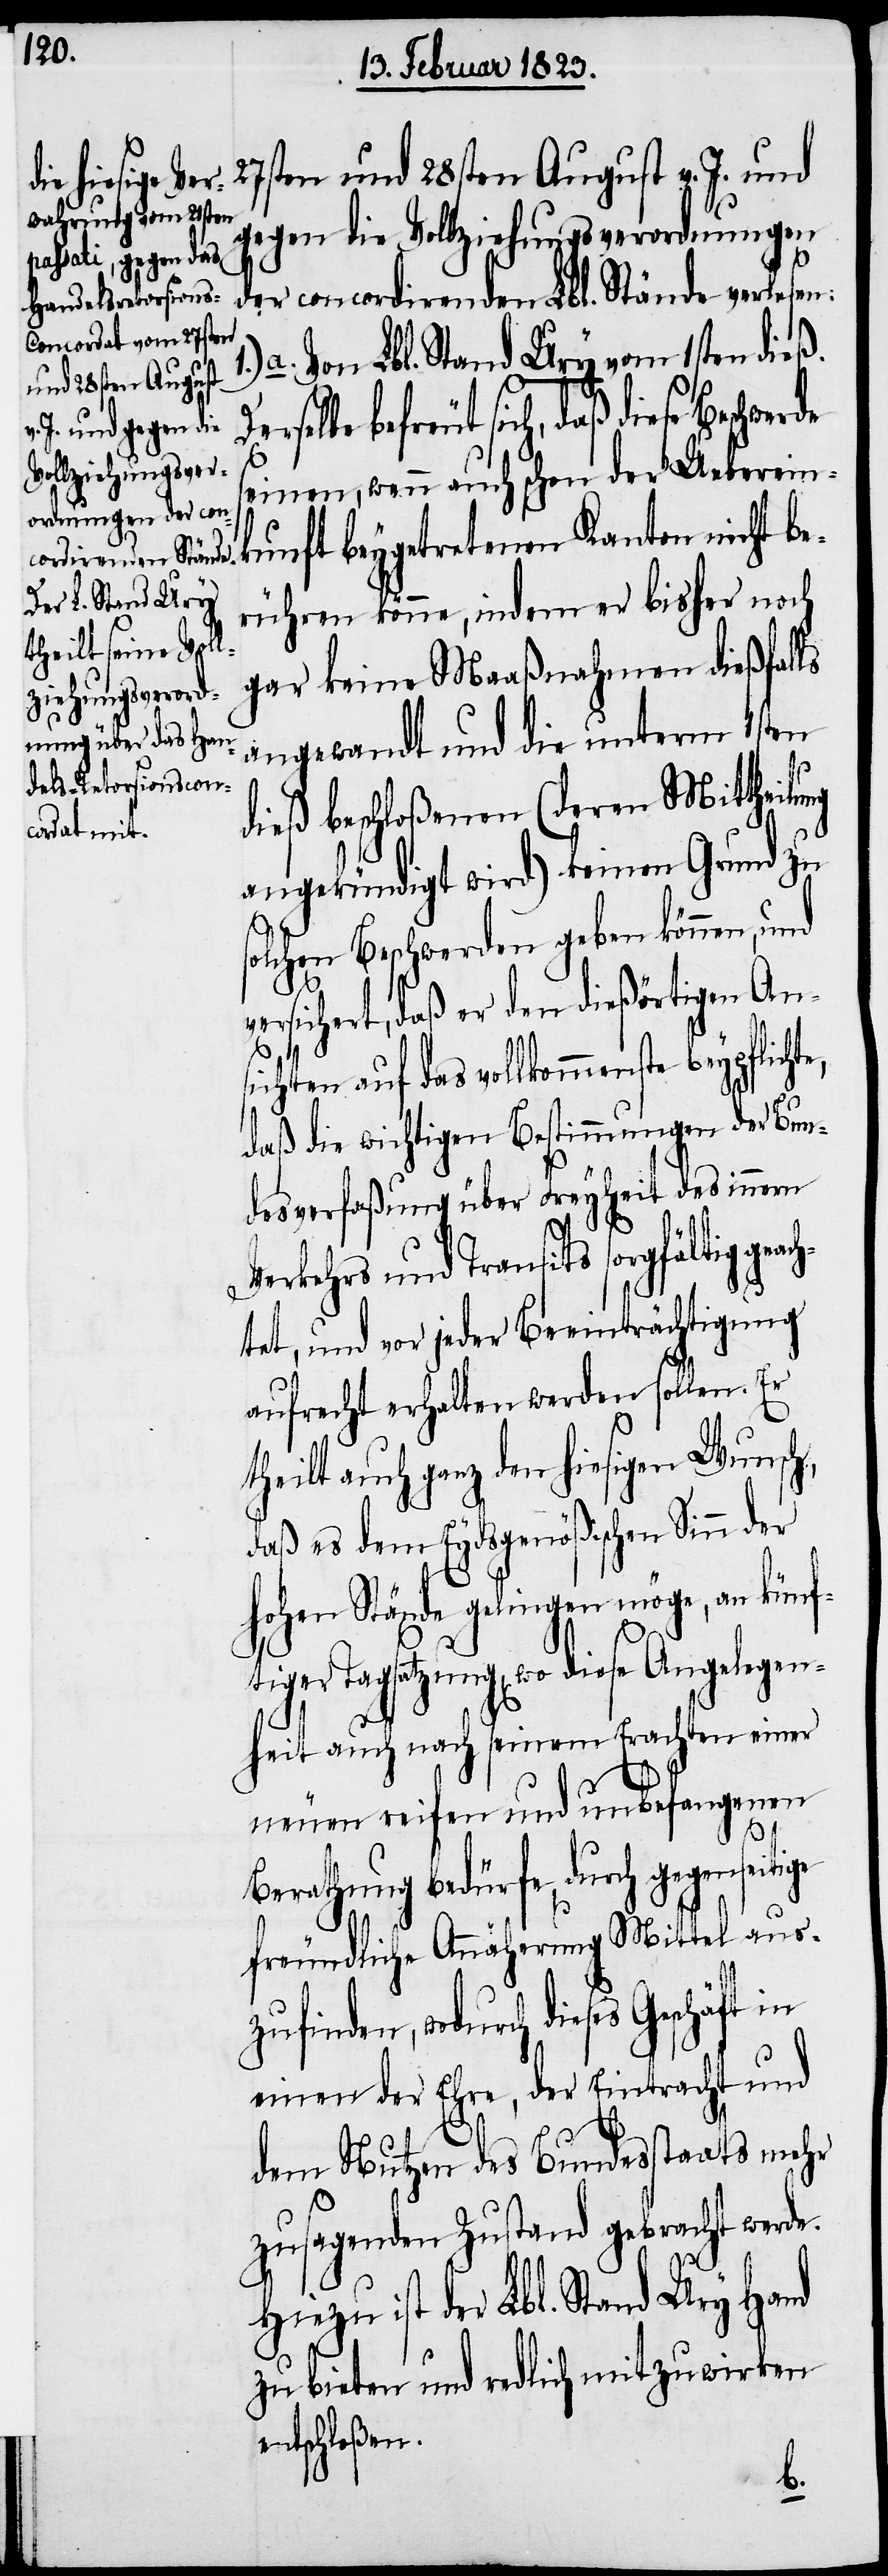
Derselbe

27sten und 28sten August v. J. und
gegen die Vollziehungsverordnungen
der concordirenden Lbl. Stände verlesen:
a. Von Lbl. Stand Ury vom 1sten dieß.
befreut sich, daß diese Beschwerde
seinen, wenn auch schon der Ueberein¬
kunft beygetretenen Kanton nicht be¬
rühren könne, indem er bisher noch
gar keine Maaßnahmen dießfalls
angewandt und die unterm 1sten
dieß beschloßenen (deren Mittheilung
angekündigt wird) keinen Grund zu
olchen Beschwerden geben können, und
versichert, daß er den dießörtigen Ans¬
ichten auf das vollkommenste
daß die wichtigen Bestimmungen der Bun¬
desverfaßung über Freyheit des innern
Verkehrs und Transits sorgfältig ge¬
tet, und vor jeder Beeinträchtigung
aufrecht erhalten werden sollen. Er
theilt auch ganz den hiesigen Wunsch,
daß es dem Eydsgenößischen Sinn der
hohen Stände gelingen möge, an künf¬
tiger Tagsatzung, wo diese Angelegen¬
heit auch nach seinem Erachten einer
neuen reifen und unbefangenen
ach¬
Berathung bedürfe, durch gegenseitige
freundliche Annäherung Mittel aus¬
zufinden, wodurch dieses Geschäft in
einen der Ehre, der Eintracht und
dem Nutzen des Bundesstaats mehr
zusagenden Zustand gebracht werde.
Hiezu ist der Lbl. Stand Ury Hand
zu bieten und redlich mitzuwirken
entschloßen.
s¬